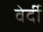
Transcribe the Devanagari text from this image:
वेर्दी